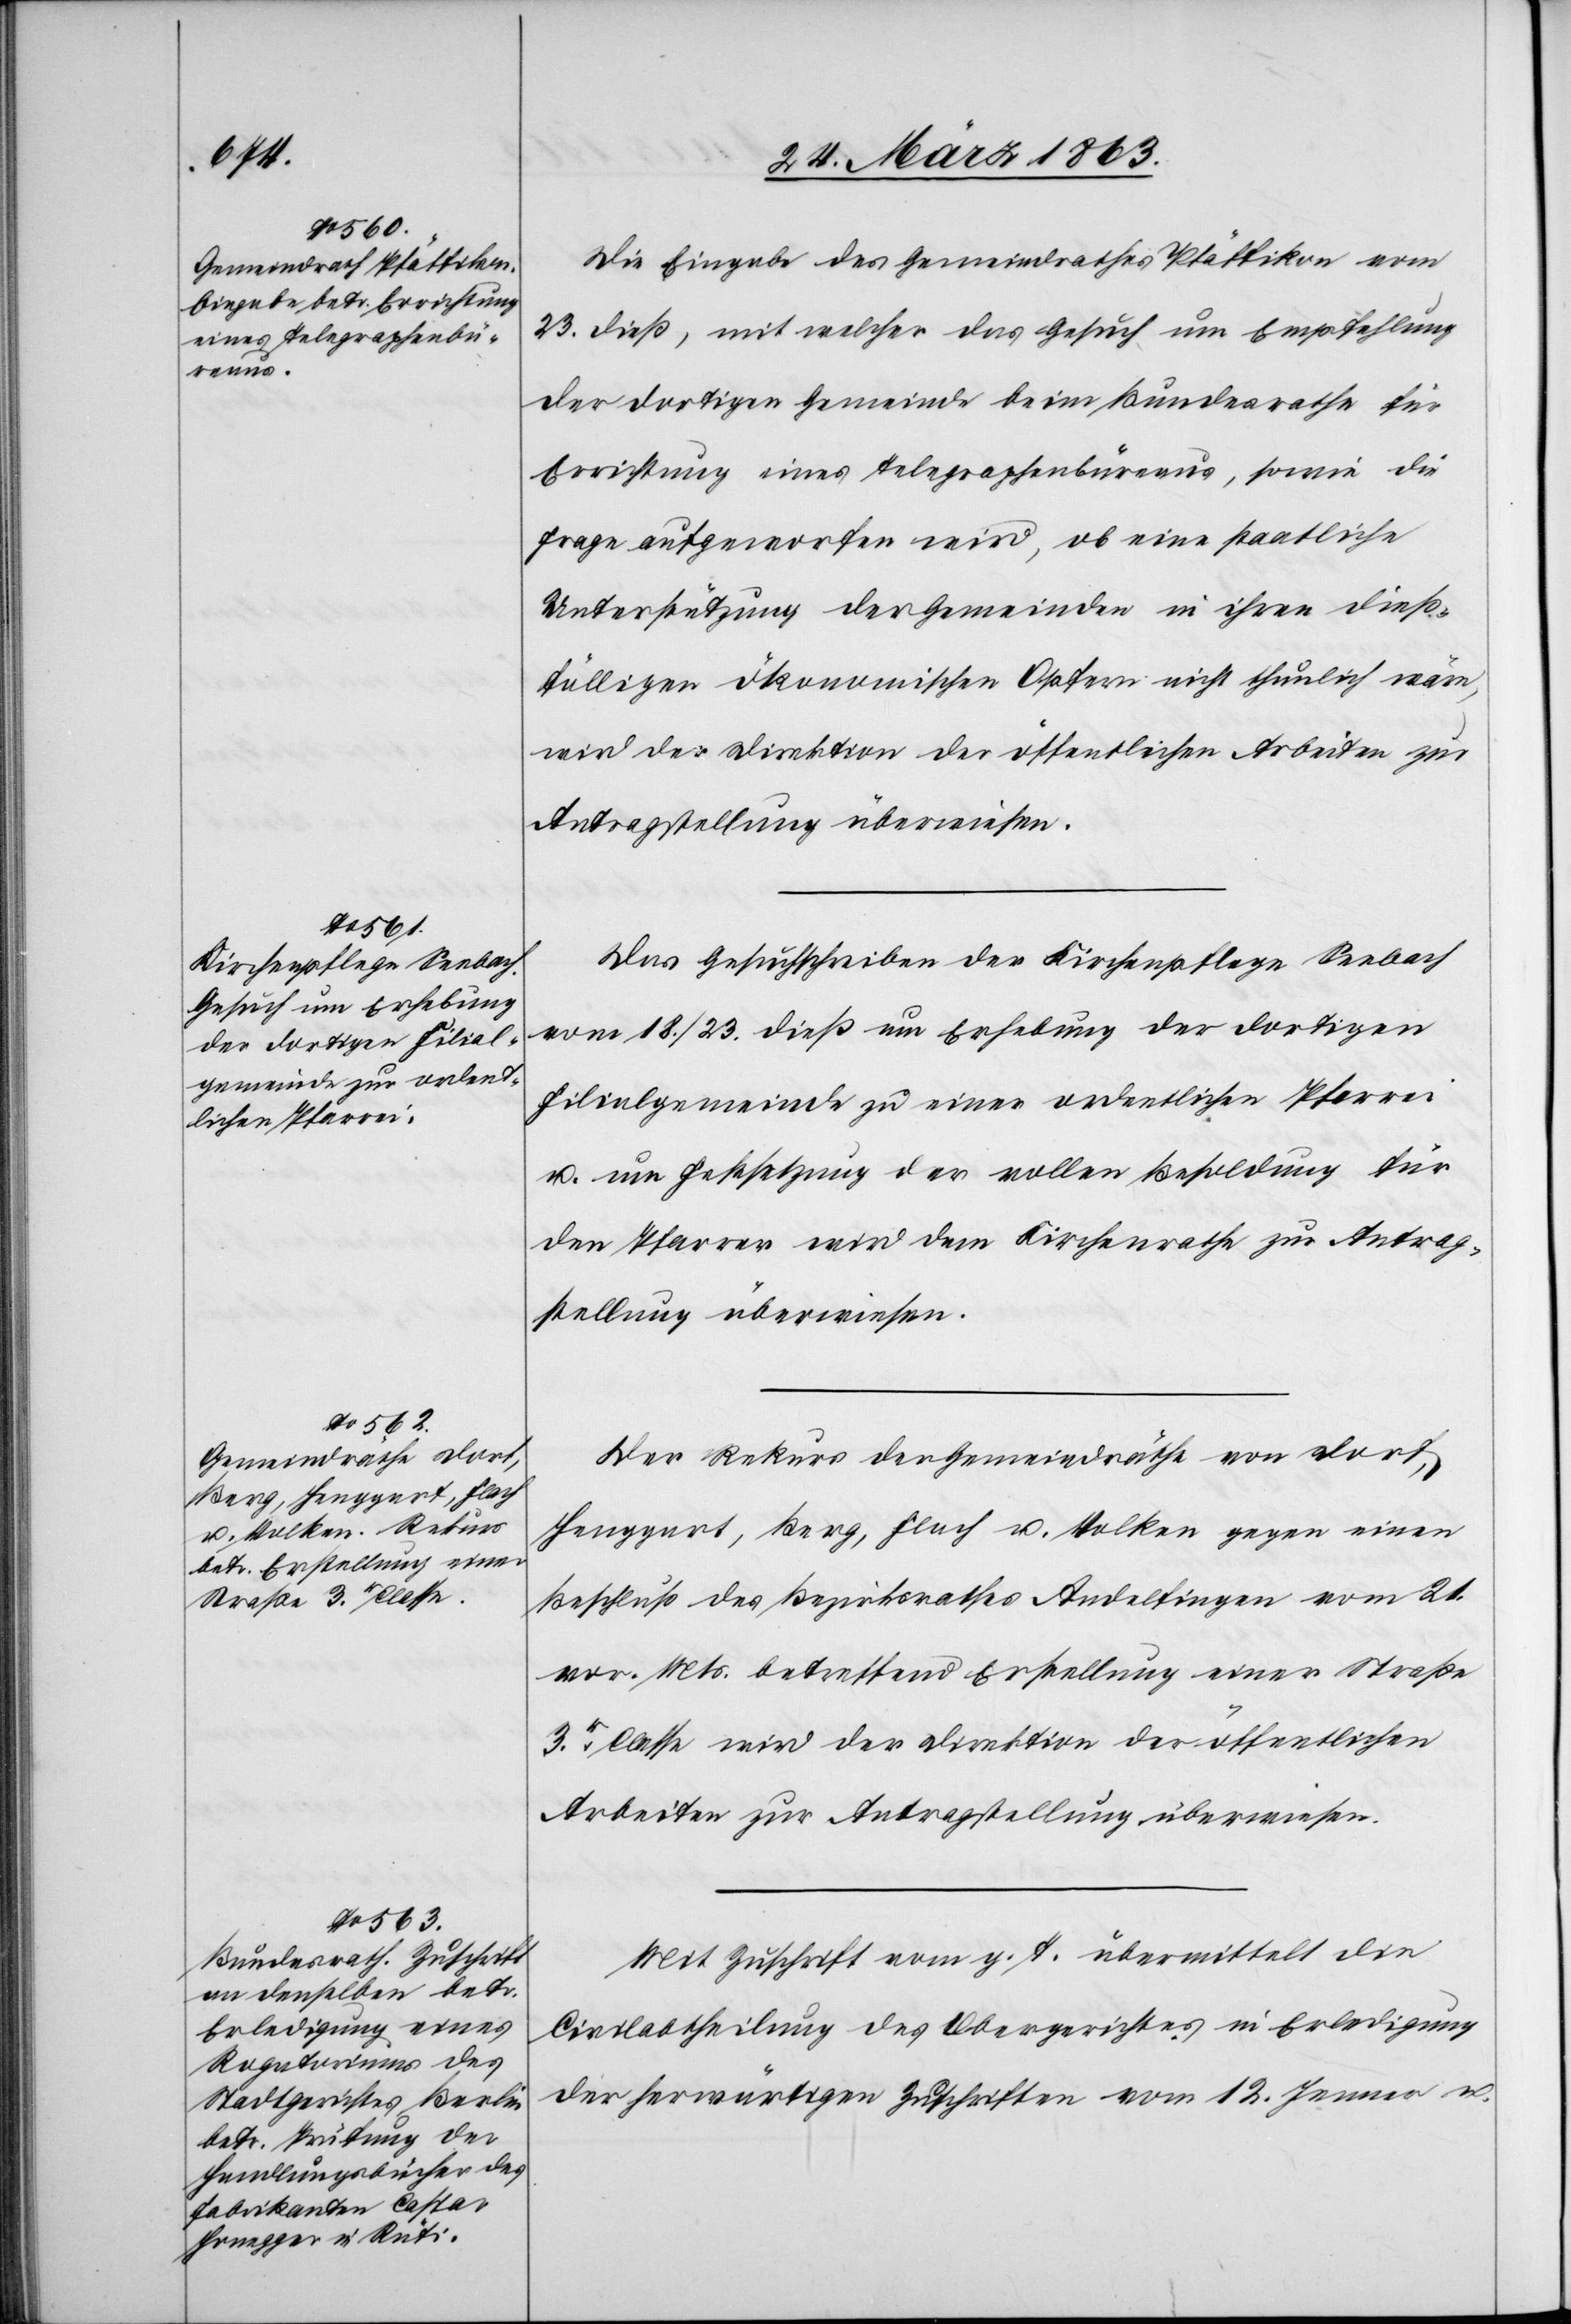
Die Eingabe des Gemeindrathes Pfäffikon vom
23. dieß, mit welcher das Gesuch um Empfehlung
der dortigen Gemeinde beim Bundesrathe für
Errichtung eines Telegraphenbüreaus, sowie die
Frage aufgeworfen wird, ob eine staatliche
Unterstützung der Gemeinden in ihren dieß¬
fälligen ökonomischen Opfern nicht thunlich wäre,
wird der Direktion der öffentlichen Arbeiten zur
Antragstellung überwiesen.
Das Gesuchschreiben der Kirchenpflege Seebach
vom 18./23. dieß um Erhebung der dortigen
Filialgemeinde zu einer ordentlichen Pfarrei
u. um Festsetzung der vollen Besoldung für
den Pfarrer wird dem Kirchenrathe zur Antrag¬
stellung überwiesen.
Der Rekurs der Gemeindräthe von Dorf,
Henggart, Berg, Flach u. Volken gegen einen
Beschluß des Bezirksrathes Andelfingen vom 21.
vor. Mts. betreffend Erstellung einer Straße
3r. Classe wird der Direktion der öffentlichen
Arbeiten zur Antragstellung überwiesen.
Mit Zuschrift vom g. T. übermittelt die
Civilabtheilung des Obergerichtes in Erledigung
der herwärtigen Zuschriften vom 12. Jenner u.